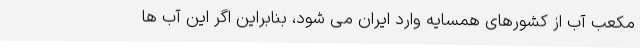
مکعب آب از کشورهای همسایه وارد ایران می شود، بنابراین اگر این آب ها